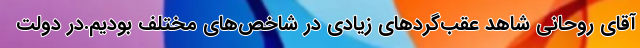
آقای روحانی شاهد عقب‌گردهای زیادی در شاخص‌های مختلف بودیم.در دولت